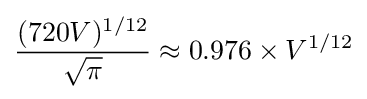
{\frac {(720V)^{1/12}}{\sqrt {\pi }}}\approx 0.976\times V^{1/12}